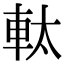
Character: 軚